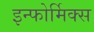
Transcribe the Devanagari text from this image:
इन्फोर्मिक्स